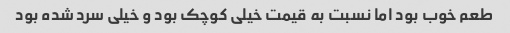
طعم خوب بود اما نسبت به قیمت خیلی کوچک بود و خیلی سرد شده بود